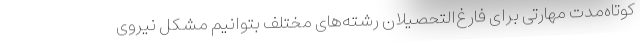
کوتاه‌مدت مهارتی برای فارغ‌التحصیلان رشته‌های مختلف بتوانیم مشکل نیروی